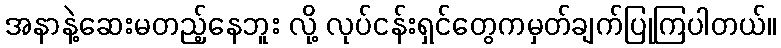
အနာနဲ့ဆေးမတည့်နေဘူး လို့ လုပ်ငန်းရှင်တွေကမှတ်ချက်ပြုကြပါတယ်။